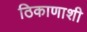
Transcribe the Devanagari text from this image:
ठिकाणाशी